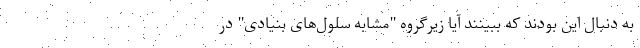
به دنبال این بودند که ببینند آیا زیرگروه "مشابه سلول‌های بنیادی" در